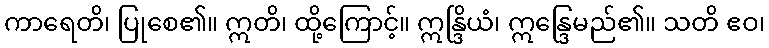
ကာရေတိ၊ ပြုစေ၏။ ဣတိ၊ ထို့ကြောင့်။ ဣန္ဒြိယံ၊ ဣန္ဒြေမည်၏။ သတိ ဧဝ၊